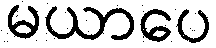
မယာပေ